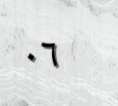
٠٦